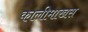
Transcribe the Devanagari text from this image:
कालीमाखस